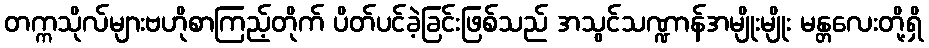
တက္ကသိုလ်များဗဟိုစာကြည့်တိုက် ပိတ်ပင်ခဲ့ခြင်းဖြစ်သည် အသွင်သဏ္ဍာန်အမျိုးမျိုး မန္တလေးတို့ရှိ